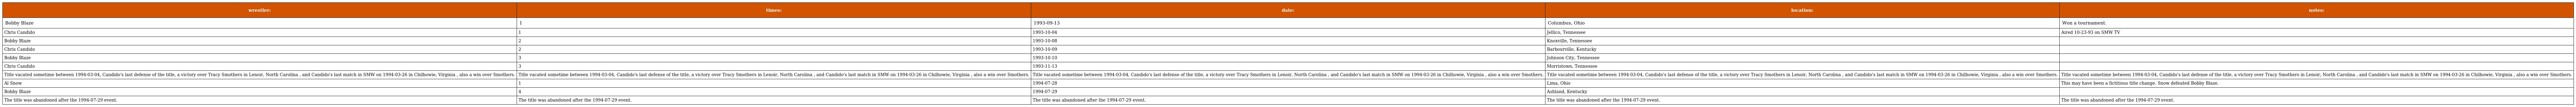
| wrestler: | times: | date: | location: | notes: |
 | --- | --- | --- | --- | --- |
 | Bobby Blaze | 1 | 1993-09-13 | Columbus, Ohio | Won a tournament. |
 | Chris Candido | 1 | 1993-10-04 | Jellico, Tennessee | Aired 10-23-93 on SMW TV |
 | Bobby Blaze | 2 | 1993-10-08 | Knoxville, Tennessee |  |
 | Chris Candido | 2 | 1993-10-09 | Barbourville, Kentucky |  |
 | Bobby Blaze | 3 | 1993-10-10 | Johnson City, Tennessee |  |
 | Chris Candido | 3 | 1993-11-13 | Morristown, Tennessee |  |
 | Title vacated sometime between 1994-03-04, Candido's last defense of the title, a victory over Tracy Smothers in Lenoir, North Carolina , and Candido's last match in SMW on 1994-03-26 in Chilhowie, Virginia , also a win over Smothers. | Title vacated sometime between 1994-03-04, Candido's last defense of the title, a victory over Tracy Smothers in Lenoir, North Carolina , and Candido's last match in SMW on 1994-03-26 in Chilhowie, Virginia , also a win over Smothers. | Title vacated sometime between 1994-03-04, Candido's last defense of the title, a victory over Tracy Smothers in Lenoir, North Carolina , and Candido's last match in SMW on 1994-03-26 in Chilhowie, Virginia , also a win over Smothers. | Title vacated sometime between 1994-03-04, Candido's last defense of the title, a victory over Tracy Smothers in Lenoir, North Carolina , and Candido's last match in SMW on 1994-03-26 in Chilhowie, Virginia , also a win over Smothers. | Title vacated sometime between 1994-03-04, Candido's last defense of the title, a victory over Tracy Smothers in Lenoir, North Carolina , and Candido's last match in SMW on 1994-03-26 in Chilhowie, Virginia , also a win over Smothers. |
 | Al Snow | 1 | 1994-07-28 | Lima, Ohio | This may have been a fictitious title change. Snow defeated Bobby Blaze. |
 | Bobby Blaze | 4 | 1994-07-29 | Ashland, Kentucky |  |
 | The title was abandoned after the 1994-07-29 event. | The title was abandoned after the 1994-07-29 event. | The title was abandoned after the 1994-07-29 event. | The title was abandoned after the 1994-07-29 event. | The title was abandoned after the 1994-07-29 event. |